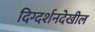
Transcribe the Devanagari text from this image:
दिग्दर्शनदेखील